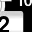
Digit: 2